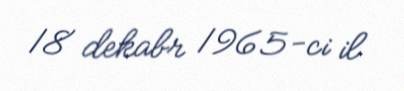
18 dekabr 1965-ci il